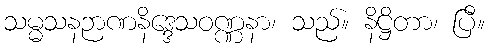
သမ္မသနဉာဏနိဒ္ဒေသဝဏ္ဏနာ၊ သည်။ နိဋ္ဌိတာ၊ ပြီ။